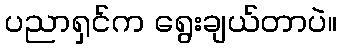
ပညာရှင်က ရွေးချယ်တာပဲ။